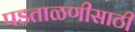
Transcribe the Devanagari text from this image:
पडताळणीसाठी